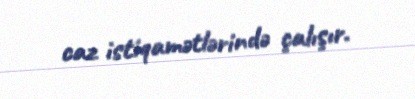
caz istiqamətlərində çalışır.